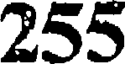
255